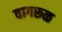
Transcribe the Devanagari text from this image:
वागरूळ